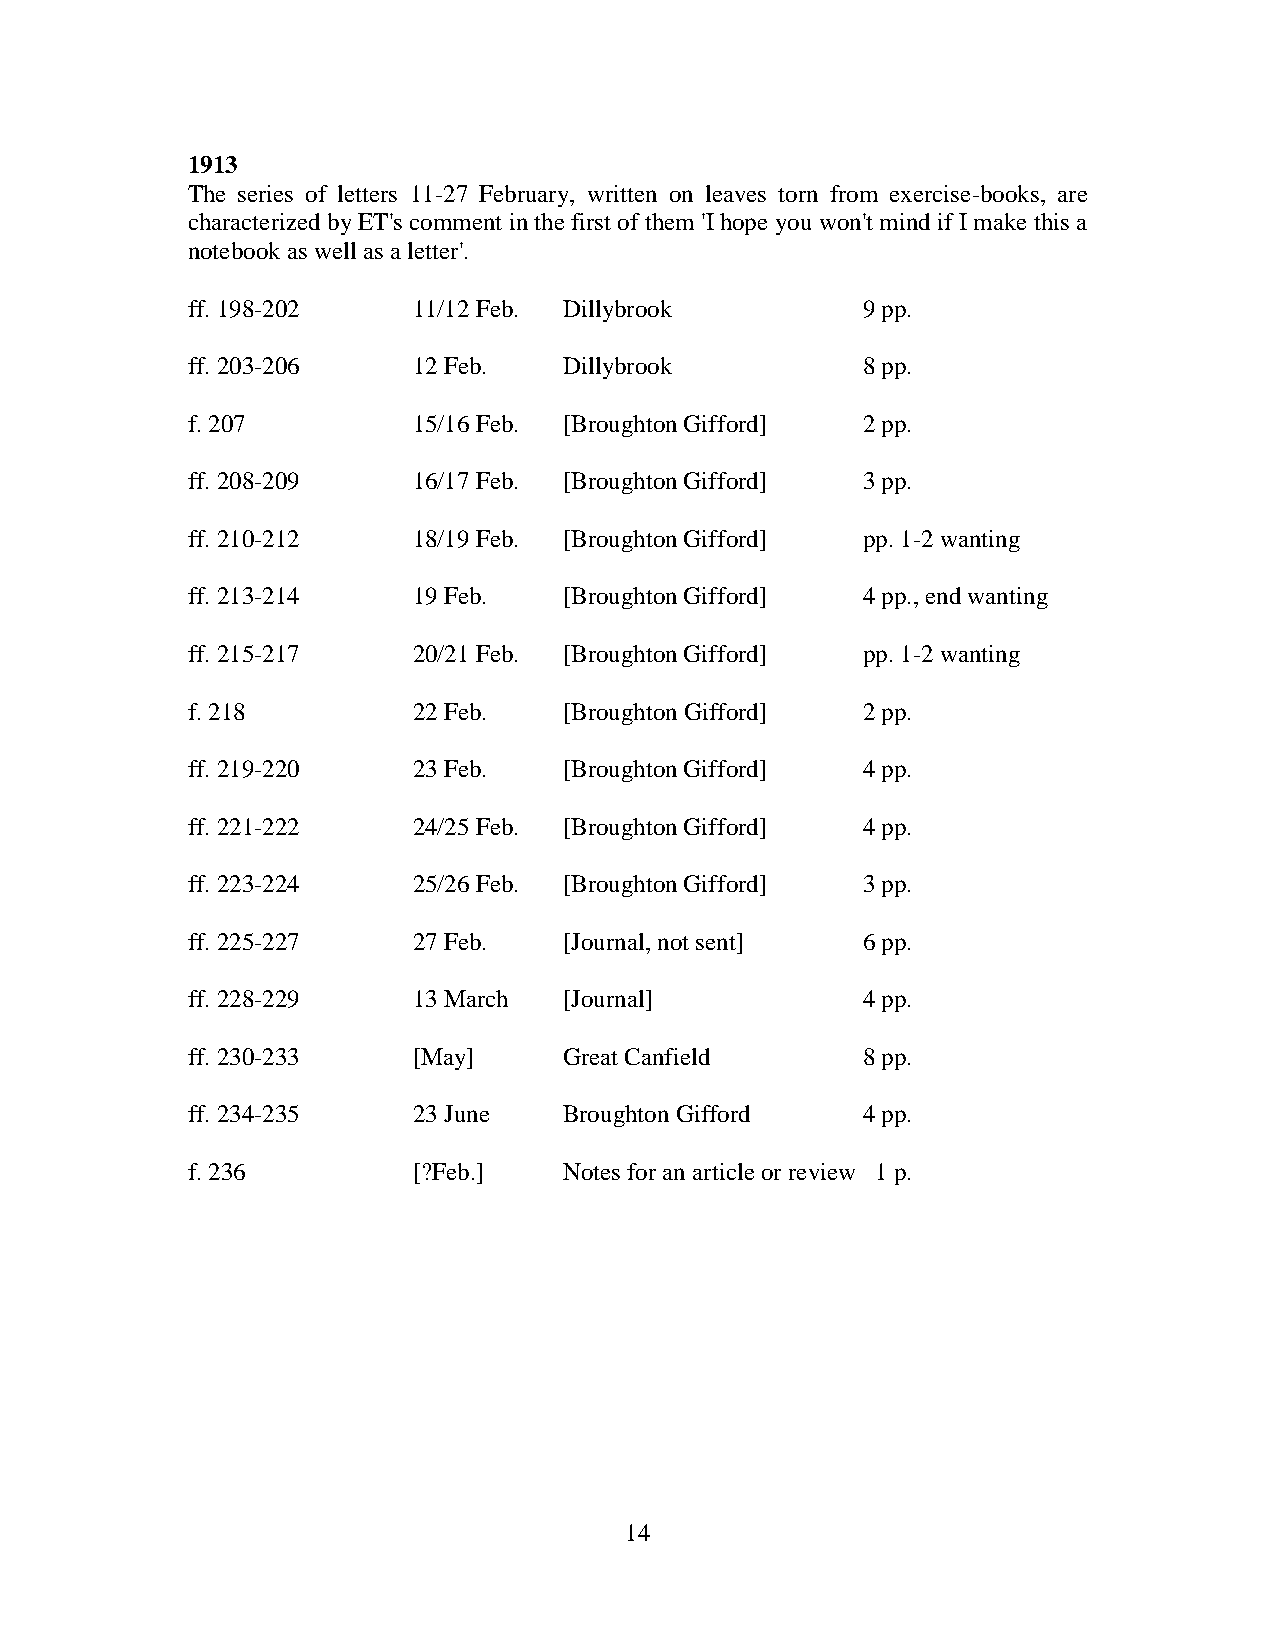
1913
 The series of letters 11-27 February, written on leaves torn from exercise-books, are
 characterized by ET's comment in the first of them 'I hope you won't mind if I make this a
 notebook as well as a letter'.
 ff. 198-202    11/12 Feb. Dillybrook         9 pp.
 ff. 203-206    12 Feb.   Dillybrook          8 pp.
 f. 207         15/16 Feb. [Broughton Gifford] 2 pp.
 ff. 208-209    16/17 Feb. [Broughton Gifford] 3 pp.
 ff. 210-212    18/19 Feb. [Broughton Gifford] pp. 1-2 wanting
 ff. 213-214    19 Feb.   [Broughton Gifford] 4 pp., end wanting
 ff. 215-217    20/21 Feb. [Broughton Gifford] pp. 1-2 wanting
 f. 218         22 Feb.   [Broughton Gifford] 2 pp.
 ff. 219-220    23 Feb.   [Broughton Gifford] 4 pp.
 ff. 221-222    24/25 Feb. [Broughton Gifford] 4 pp.
 ff. 223-224    25/26 Feb. [Broughton Gifford] 3 pp.
 ff. 225-227    27 Feb.   [Journal, not sent] 6 pp.
 ff. 228-229    13 March  [Journal]           4 pp.
 ff. 230-233    [May]     Great Canfield      8 pp.
 ff. 234-235    23 June   Broughton Gifford   4 pp.
 f. 236         [?Feb.]   Notes for an article or review 1 p.
 14